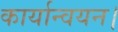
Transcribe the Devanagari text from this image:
कार्यान्वयन।